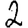
Digit: 2